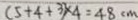
( 5 + 4 + 3 ) \times 4 = 4 8 c m